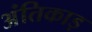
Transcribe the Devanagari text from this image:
अंतिकाड़